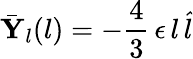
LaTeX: \bar{\mathbf{Y}}_{l}(l)=-\frac{4}{3}\, \epsilon\, l\, \hat{l}